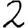
Digit: 2